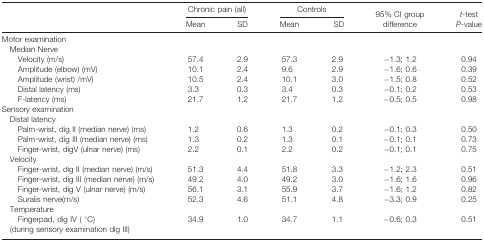
<table><thead><tr><td></td><td colspan="2"><b>Chronic pain (all)</b></td><td colspan="2"><b>Controls</b></td><td></td><td></td></tr><tr><td></td><td><b>Mean</b></td><td><b>SD</b></td><td><b>Mean</b></td><td><b>SD</b></td><td><b>95% CI group difference</b></td><td><b><i>t</i>-test <i>P</i>-value</b></td></tr></thead><tbody><tr><td colspan="7">Motor examination</td></tr><tr><td colspan="7"> Median Nerve</td></tr><tr><td>Velocity (m/s)</td><td>57.4</td><td>2.9</td><td>57.3</td><td>2.9</td><td>−1.3; 1.2</td><td>0.94</td></tr><tr><td>Amplitude (elbow) (mV)</td><td>10.1</td><td>2.4</td><td>9.6</td><td>2.9</td><td>−1.6; 0.6</td><td>0.39</td></tr><tr><td>Amplitude (wrist) /mV)</td><td>10.5</td><td>2.4</td><td>10.1</td><td>3.0</td><td>−1.5; 0.8</td><td>0.52</td></tr><tr><td>Distal latency (ms)</td><td>3.3</td><td>0.3</td><td>3.4</td><td>0.3</td><td>−0.1; 0.2</td><td>0.53</td></tr><tr><td>F-latency (ms)</td><td>21.7</td><td>1.2</td><td>21.7</td><td>1.2</td><td>−0.5; 0.5</td><td>0.98</td></tr><tr><td colspan="7">Sensory examination</td></tr><tr><td colspan="7"> Distal latency</td></tr><tr><td>Palm-wrist, dig II (median nerve) (ms)</td><td>1.2</td><td>0.6</td><td>1.3</td><td>0.2</td><td>−0.1; 0.3</td><td>0.50</td></tr><tr><td>Palm-wrist, dig III (median nerve) (ms)</td><td>1.3</td><td>0.2</td><td>1.3</td><td>0.1</td><td>−0.1; 0.1</td><td>0.73</td></tr><tr><td>Finger-wrist, digV (ulnar nerve) (ms)</td><td>2.2</td><td>0.1</td><td>2.2</td><td>0.2</td><td>−0.1; 0.1</td><td>0.75</td></tr><tr><td colspan="7"> Velocity</td></tr><tr><td>Finger-wrist, dig II (median nerve) (m/s)</td><td>51.3</td><td>4.4</td><td>51.8</td><td>3.3</td><td>−1.2; 2.3</td><td>0.51</td></tr><tr><td>Finger-wrist, dig III (median nerve) (m/s)</td><td>49.2</td><td>4.0</td><td>49.2</td><td>3.0</td><td>−1.6; 1.6</td><td>0.96</td></tr><tr><td>Finger-wrist, dig V (ulnar nerve) (m/s)</td><td>56.1</td><td>3.1</td><td>55.9</td><td>3.7</td><td>−1.6; 1.2</td><td>0.82</td></tr><tr><td>Suralis nerve(m/s)</td><td>52.3</td><td>4.6</td><td>51.1</td><td>4.8</td><td>−3.3; 0.9</td><td>0.25</td></tr><tr><td colspan="7"> Temperature</td></tr><tr><td>Fingerpad, dig IV (°C) (during sensory examination dig III)</td><td>34.9</td><td>1.0</td><td>34.7</td><td>1.1</td><td>−0.6; 0.3</td><td>0.51</td></tr></tbody></table>